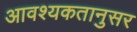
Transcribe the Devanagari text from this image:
आवश्यकतानुसर